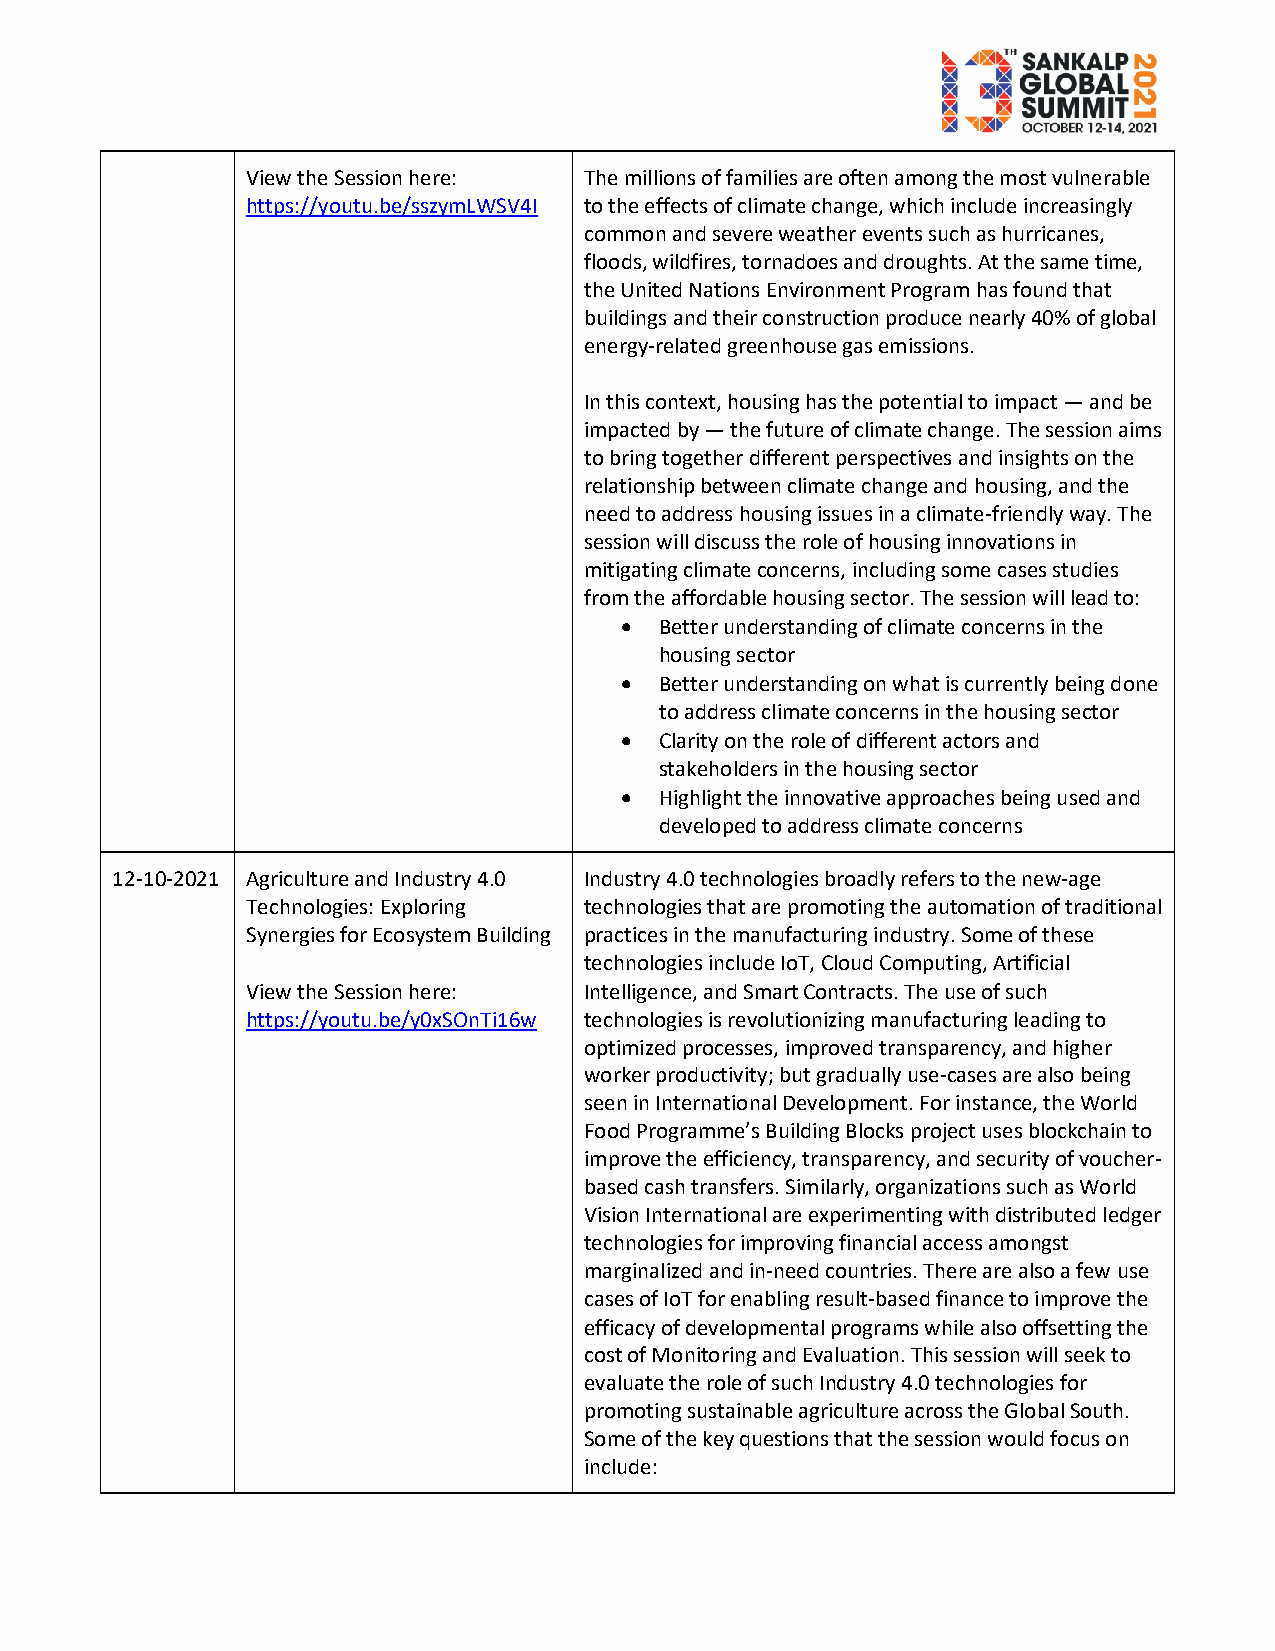
View the Session here: The millions of families are often among the most vulnerable
 https://youtu.be/sszymLWSV4I to the effects of climate change, which include increasingly
 common and severe weather events such as hurricanes,
 floods, wildfires, tornadoes and droughts. At the same time,
 the United Nations Environment Program has found that
 buildings and their construction produce nearly 40% of global
 energy-related greenhouse gas emissions.
 In this context, housing has the potential to impact — and be
 impacted by — the future of climate change. The session aims
 to bring together different perspectives and insights on the
 relationship between climate change and housing, and the
 need to address housing issues in a climate-friendly way. The
 session will discuss the role of housing innovations in
 mitigating climate concerns, including some cases studies
 from the affordable housing sector. The session will lead to:
   Better understanding of climate concerns in the
 housing sector
   Better understanding on what is currently being done
 to address climate concerns in the housing sector
   Clarity on the role of different actors and
 stakeholders in the housing sector
   Highlight the innovative approaches being used and
 developed to address climate concerns
 12-10-2021 Agriculture and Industry 4.0 Industry 4.0 technologies broadly refers to the new-age
 Technologies: Exploring technologies that are promoting the automation of traditional
 Synergies for Ecosystem Building practices in the manufacturing industry. Some of these
 technologies include IoT, Cloud Computing, Artificial
 View the Session here: Intelligence, and Smart Contracts. The use of such
 https://youtu.be/y0xSOnTi16w technologies is revolutionizing manufacturing leading to
 optimized processes, improved transparency, and higher
 worker productivity; but gradually use-cases are also being
 seen in International Development. For instance, the World
 Food Programme’s Building Blocks project uses blockchain to
 improve the efficiency, transparency, and security of voucher-
 based cash transfers. Similarly, organizations such as World
 Vision International are experimenting with distributed ledger
 technologies for improving financial access amongst
 marginalized and in-need countries. There are also a few use
 cases of IoT for enabling result-based finance to improve the
 efficacy of developmental programs while also offsetting the
 cost of Monitoring and Evaluation. This session will seek to
 evaluate the role of such Industry 4.0 technologies for
 promoting sustainable agriculture across the Global South.
 Some of the key questions that the session would focus on
 include: